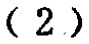
-2